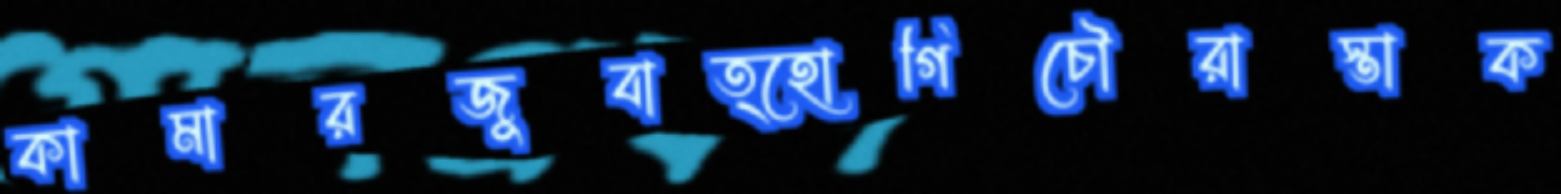
কামারজুবাত্হোগিচৌরাস্তাক